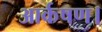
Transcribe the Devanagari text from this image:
आर्कषण।